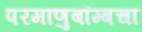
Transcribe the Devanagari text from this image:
परमाणुबॉम्बचा